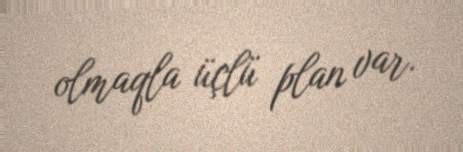
olmaqla üçlü plan var.